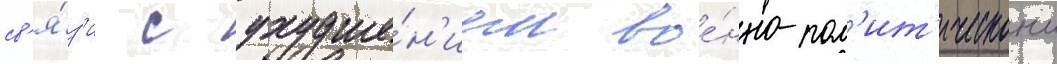
св'я́з'и с ухудше́н'ием вое́нно-пол'ит'ическои